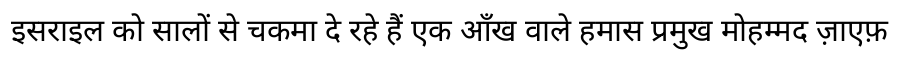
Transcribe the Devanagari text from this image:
इसराइल को सालों से चकमा दे रहे हैं एक आँख वाले हमास प्रमुख मोहम्मद ज़ाएफ़